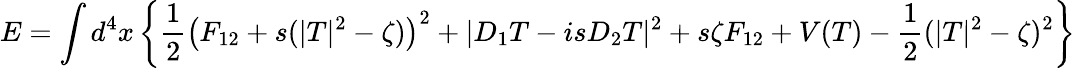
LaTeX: E=\int d^{4}x\left\{ \frac 12\left(F_{12}+s(|T|^{2}-\zeta)\right)^{2}+|D_{1}T-isD_{2}T|^{2}+s\zeta F_{12}+V(T)-\frac 12(|T|^{2}-\zeta)^{2}\right\}